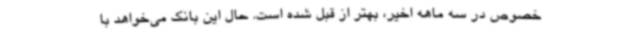
خصوص در سه ماهه اخیر، بهتر از قبل شده است. حال این بانک می‌خواهد با